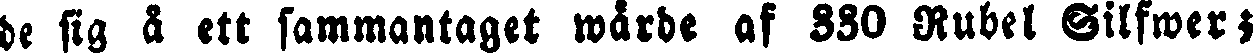
de sig å ett sammantaget wärde af 330 Rubel Silfwer;